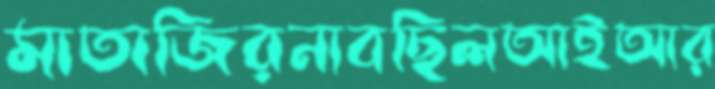
মাতাজিরনাবছিলআইআর